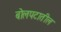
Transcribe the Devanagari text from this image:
बोलपटातील